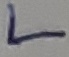
Text: L